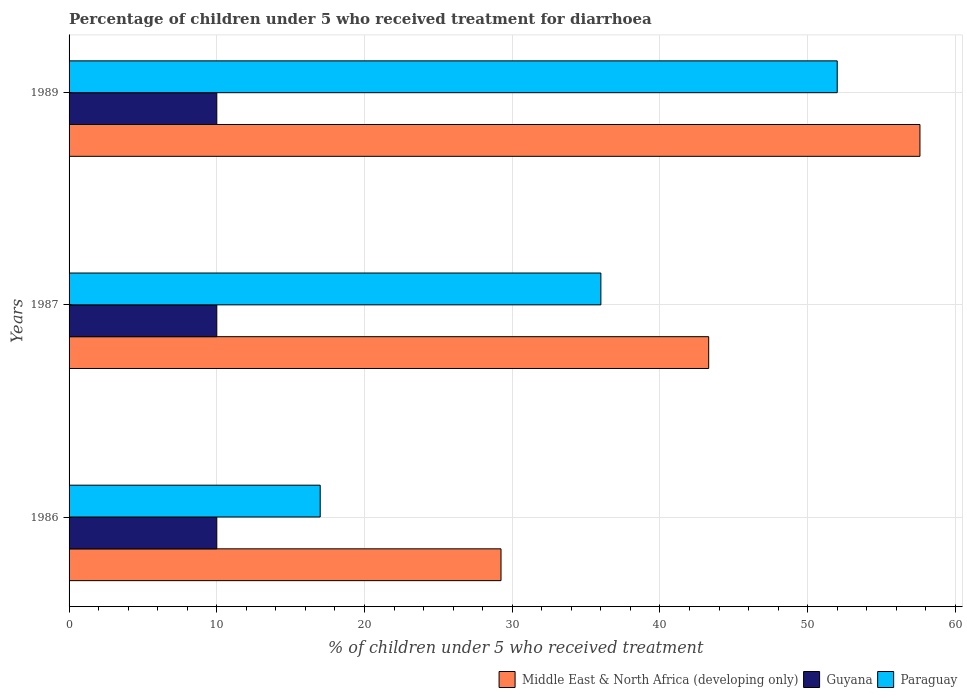
| Years | Middle East & North Africa (developing only) | Guyana | Paraguay |
 | --- | --- | --- | --- |
 | 1986 | 29.2 | 10 | 17 |
 | 1987 | 43.3 | 10 | 36 |
 | 1989 | 57.6 | 10 | 52 |